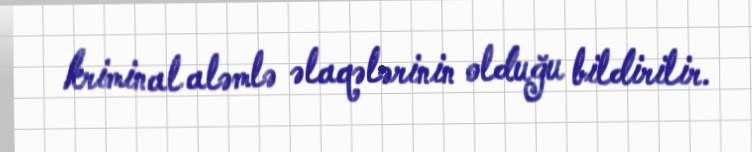
kriminal aləmlə əlaqələrinin olduğu bildirilir.